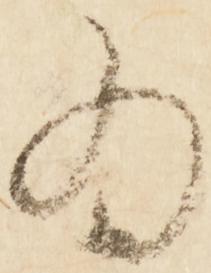
為